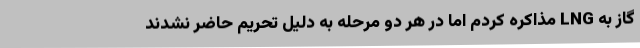
گاز به LNG مذاکره کردم اما در هر دو مرحله به دلیل تحریم حاضر نشدند